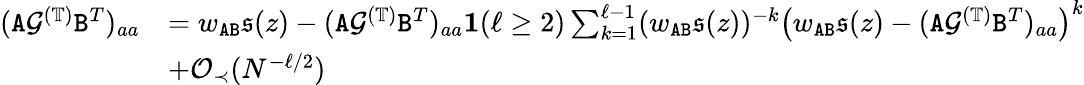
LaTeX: \begin{array}{rl}{({\texttt A}{\mathcal G}^{(\mathbb{T})}{\texttt B}^{T})_{aa}}&{=w_{{\texttt A}{\texttt B}}\mathfrak{s}(z)-({\texttt A}{\mathcal G}^{(\mathbb{T})}{\texttt B}^{T})_{aa}\textbf{1}(\ell\geq 2)\sum_{k=1}^{\ell-1}(w_{{\texttt A}{\texttt B}}\mathfrak{s}(z))^{-k}\left(w_{{\texttt A}{\texttt B}}\mathfrak{s}(z)-({\texttt A}{\mathcal G}^{(\mathbb{T})}{\texttt B}^{T})_{aa}\right)^{k}}\\ &{+{\mathcal O}_{\prec}(N^{-\ell/2})}\end{array}